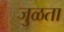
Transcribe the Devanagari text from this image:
जुळता